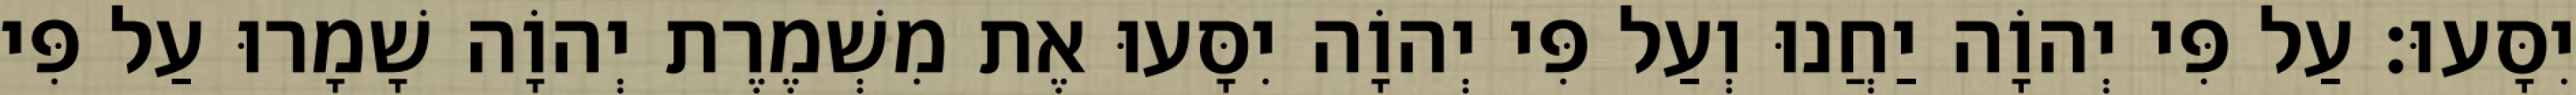
יִסָּעוּ׃ עַל פִּי יְהוָֹה יַחֲנוּ וְעַל פִּי יְהוָֹה יִסָּעוּ אֶת מִשְׁמֶרֶת יְהוָֹה שָׁמָרוּ עַל פִּי